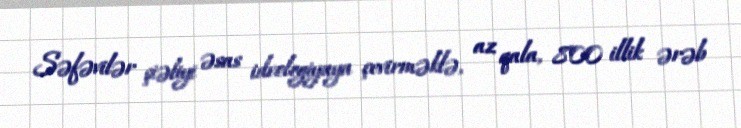
Səfəvilər şiəliyi əsas ideologiyaya çevirməklə, az qala, 800 illik ərəb